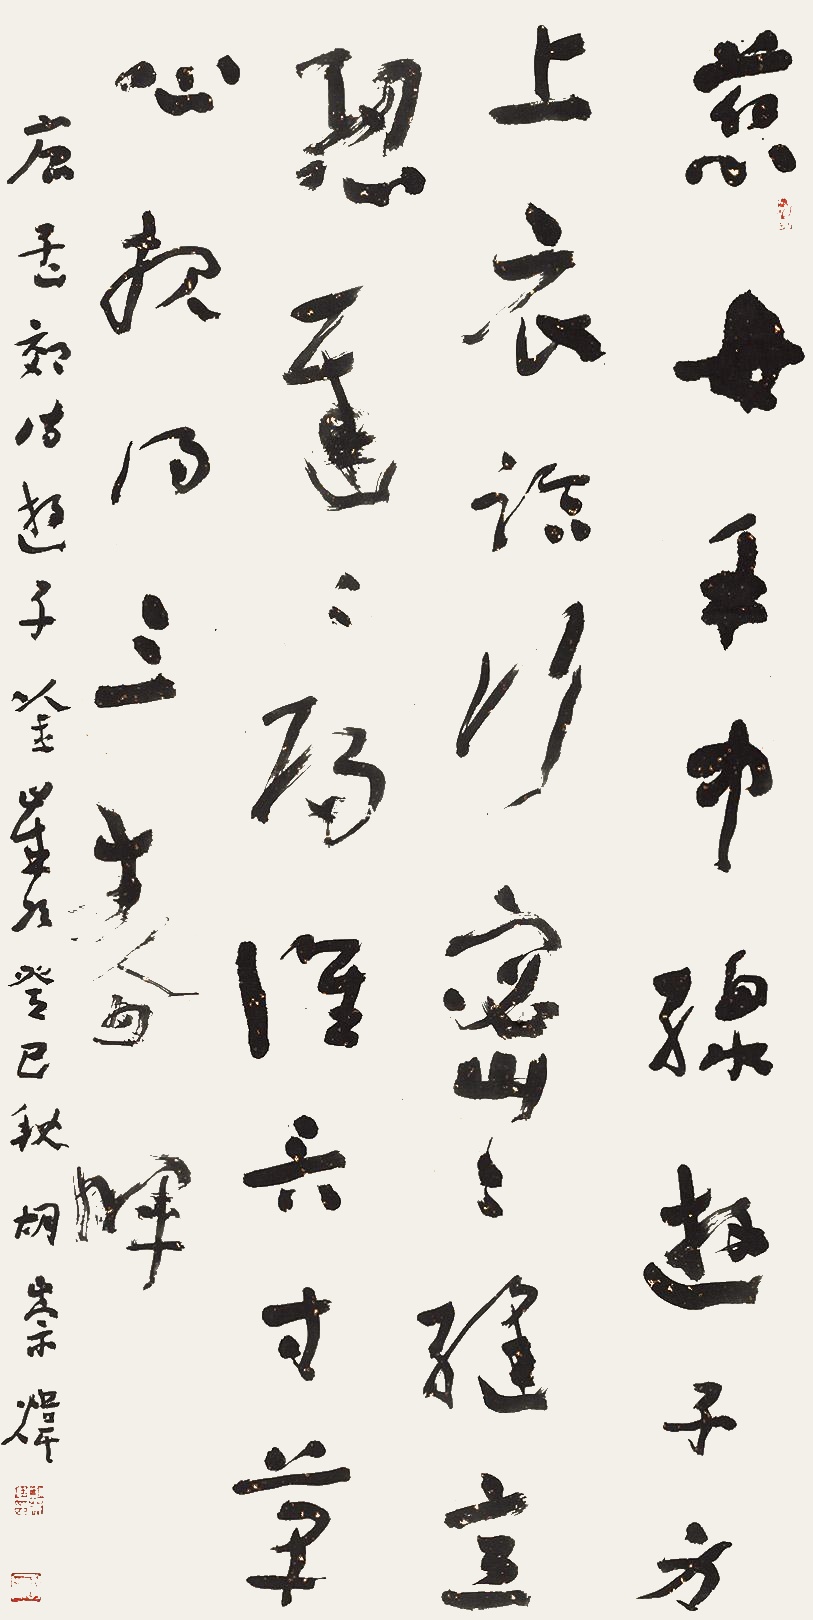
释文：慈母手中线，游子身上衣。临行密密缝，意恐迟迟归。谁言寸草心，报得三春晖。唐孟郊诗游子吟。岁在癸巳秋。胡崇炜。